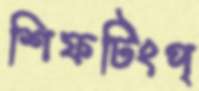
শিফটিংপ্